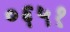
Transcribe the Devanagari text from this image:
०६५१